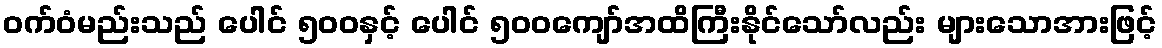
ဝက်ဝံမည်းသည် ပေါင် ၅၀၀နှင့် ပေါင် ၅၀၀ကျော်အထိကြီးနိုင်သော်လည်း များသောအားဖြင့်